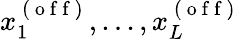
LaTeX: x_{1}^{\mathrm{~(~o~f~f~)~}},...,x_{L}^{\mathrm{~(~o~f~f~)~}}